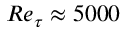
R e _ { \tau } \approx 5 0 0 0